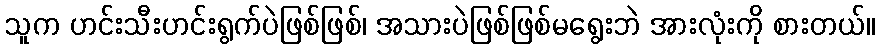
သူက ဟင်းသီးဟင်းရွက်ပဲဖြစ်ဖြစ်၊ အသားပဲဖြစ်ဖြစ်မရွေးဘဲ အားလုံးကို စားတယ်။